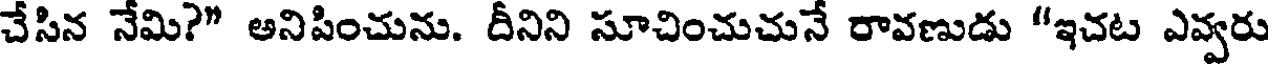
చేసిన నేమి?" అనిపించును. దీనిని సూచించుచునే రావణుడు "ఇచట ఎవ్వరు